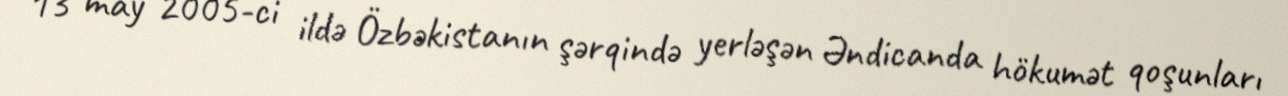
13 may 2005-ci ildə Özbəkistanın şərqində yerləşən Əndicanda hökumət qoşunları